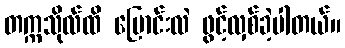
တက္ကသိုလ်ထိ ပြောင်းလဲ ဖွင့်လှစ်ခဲ့ပါတယ်။